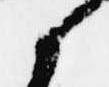
候